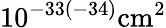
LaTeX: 10^{-33(-34)}\mathrm{{cm}^{2}}